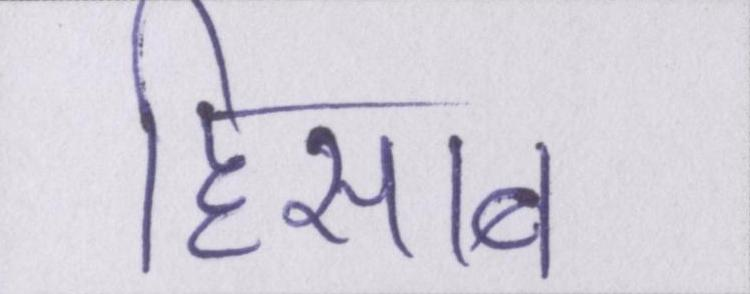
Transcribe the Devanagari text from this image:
हिसाब